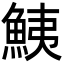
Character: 鮧